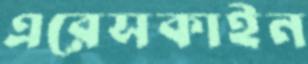
এরেসকাইন